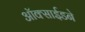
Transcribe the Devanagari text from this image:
ऑक्साईडने